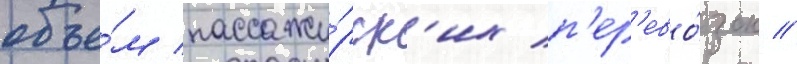
объе́м пассажи́рск'их п'ер'ево́зок //